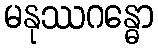
မနုဿဂန္ဓော